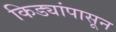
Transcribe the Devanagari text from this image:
किड्यांपासून